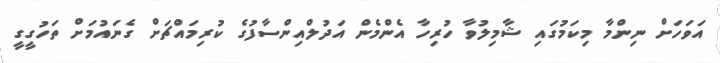
އަވަހަށް ނިންމާ މިކަމުގައި ޝާމިލުވާ ހުރިހާ އެންމެން އަދުލްއިންސާފުގެ ކުރިމައްޗަށް ގެނައުމަށް ތަހުގީގީ